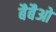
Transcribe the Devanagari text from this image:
बैबैओ